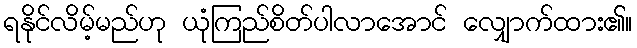
ရနိုင်လိမ့်မည်ဟု ယုံကြည်စိတ်ပါလာအောင် လျှောက်ထား၏။